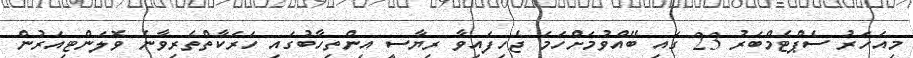
މިއަހަރު ސެޕްޓެމްބަރު 23 ގައި ބޭއްވުމަށްހަމަ ޖެހިފައިވާ ރިޔާސީ އިންތިހާބުގައި ހަރަކާތްތެރިވާނެ ވޮލަންޓިއަރުން